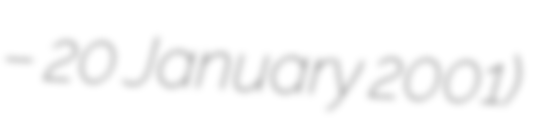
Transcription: – 20 January 2001)